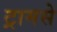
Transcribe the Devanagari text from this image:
ट्रामसे